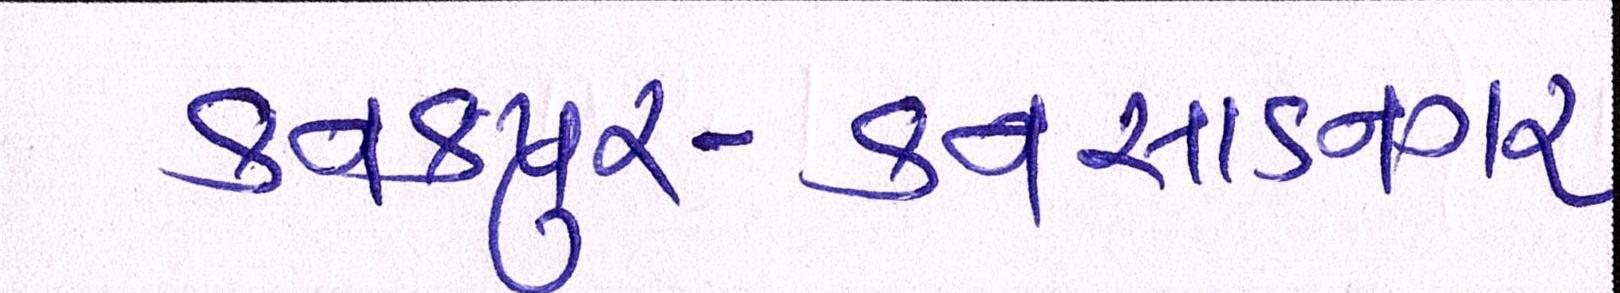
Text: કનકપુર-કનસાડનગર